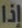
إذا